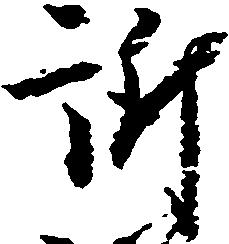
訴